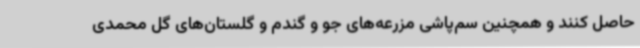
حاصل کنند و همچنین سم‌پاشی مزرعه‌های جو و گندم و گلستان‌های گل محمدی